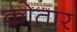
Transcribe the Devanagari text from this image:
कोतार